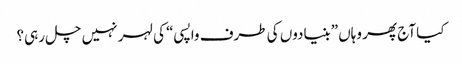
کیا آج پھر وہاں ”بنیادوں کی طرف واپسی“ کی لہر نہیں چل رہی؟